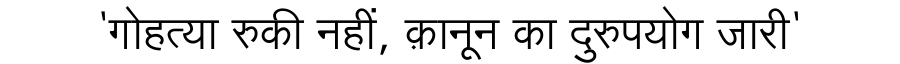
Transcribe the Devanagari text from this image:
'गोहत्या रुकी नहीं, क़ानून का दुरुपयोग जारी'